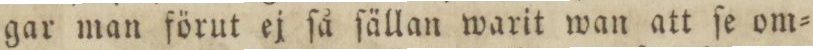
gar man förut ej ſå ſällan warit wan att ſe om=